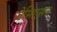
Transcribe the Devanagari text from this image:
जेमिएसन